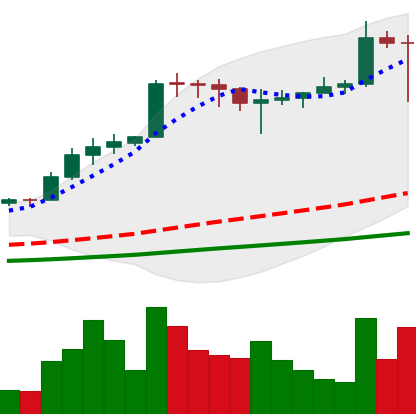
Ticker: ADA-USD
Chart end date: 2021-02-22
Forward return: 20.535%
Label: up_7plus